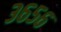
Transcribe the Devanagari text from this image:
३६५६